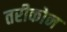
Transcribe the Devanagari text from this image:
तरीकोन